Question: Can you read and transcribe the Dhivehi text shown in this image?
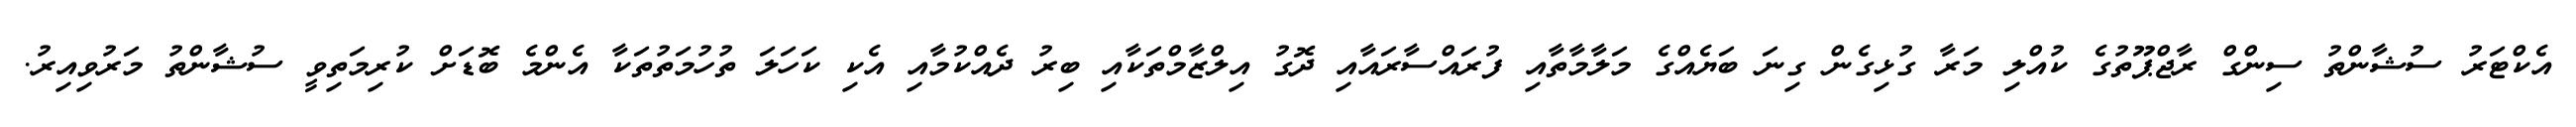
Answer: އެކްޓަރު ސުޝާންތު ސިންގް ރާޖްޕޫތުގެ ކުއްލި މަރާ ގުޅިގެން ގިނަ ބަޔެއްގެ މަލާމާތާއި ފުރައްސާރައާއި ދޮގު އިލްޒާމްތަކާއި ބިރު ދެއްކުމާއި އެކި ކަހަލަ ތުހުމަތުތަކާ އެންމެ ބޮޑަށް ކުރިމަތިވީ ސުޝާންތު މަރުވިއިރު.